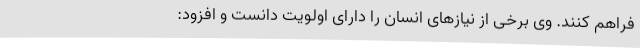
فراهم کنند. وی برخی از نیازهای انسان را دارای اولویت دانست و افزود: